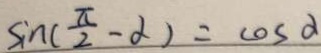
\sin ( \frac { \pi } { 2 } - \alpha ) = \cos \alpha